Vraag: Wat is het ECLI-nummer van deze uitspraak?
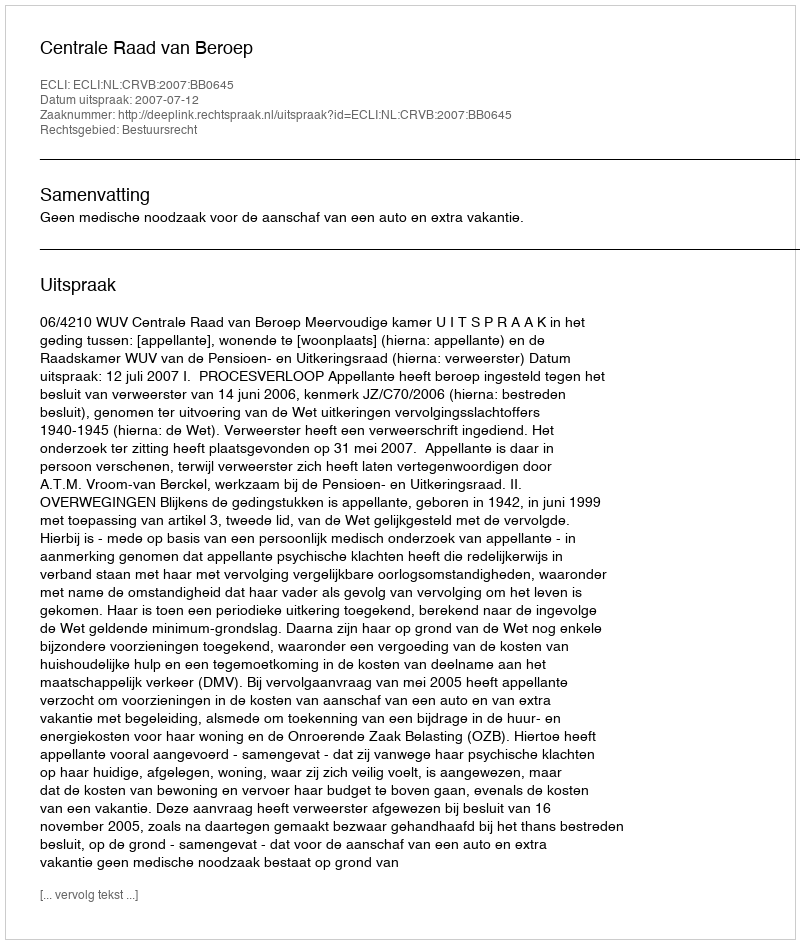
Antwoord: ECLI:NL:CRVB:2007:BB0645